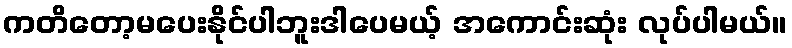
ကတိတော့မပေးနိုင်ပါဘူးဒါပေမယ့် အကောင်းဆုံး လုပ်ပါမယ်။